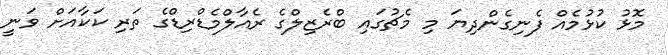
މޮޅު ކުޅުމެއް ފެނިގެންދިޔަ މި މެޗުގައި ބްރެޒިލްގެ ރެއާލްމެޑްރިޑްގެ ތަރި ކަކާއަށް ވަނީ